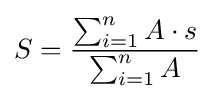
S={\frac {\sum _{i=1}^{n}A\cdot s}{\sum _{i=1}^{n}A}}